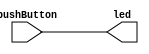
// by Alcides Augusto Bezerra Neto
// Turns led on and of
module ledsshow(led, pushButton);
	output led;
	input pushButton;
	
	assign led = pushButton;
	



endmodule